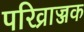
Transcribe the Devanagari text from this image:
परिव्राज्जक